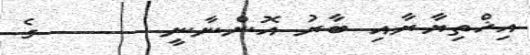
އިޚްތިޔާރާއި ބާރު އޮންނާނީ       ގެ